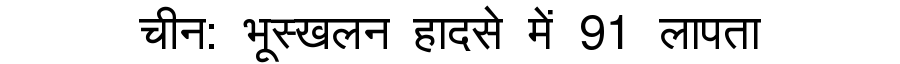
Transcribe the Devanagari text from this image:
चीन: भूस्खलन हादसे में 91 लापता